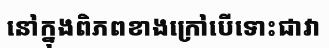
នៅក្នុងពិភពខាងក្រៅបើទោះជាវា